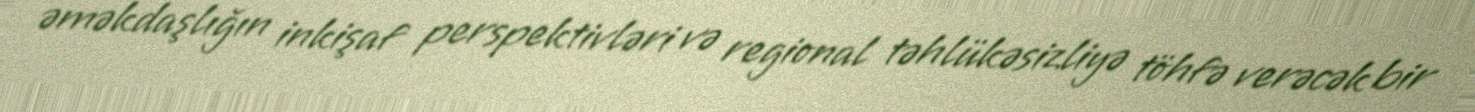
əməkdaşlığın inkişaf perspektivləri və regional təhlükəsizliyə töhfə verəcək bir